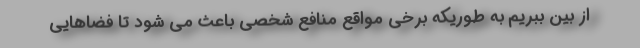
از بین ببریم به طوریکه برخی مواقع منافع شخصی باعث می شود تا فضاهایی